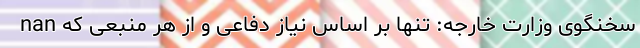
nan سخنگوی وزارت خارجه: تنها بر اساس نیاز دفاعی و از هر منبعی که